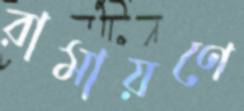
রামায়ণে